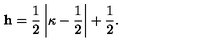
{ \bf h } = \frac 1 2 \left| \kappa - \frac 1 2 \right| + \frac 1 2 .